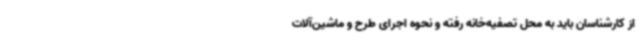
از کارشناسان باید به محل تصفیه‌خانه رفته و نحوه اجرای طرح و ماشین‌آلات